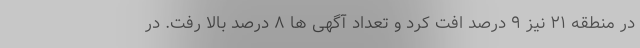
در منطقه ۲۱ نیز ۹ درصد افت کرد و تعداد آگهی ها ۸ درصد بالا رفت. در